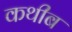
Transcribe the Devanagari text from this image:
कथीब